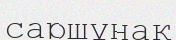
саршұнақ